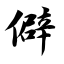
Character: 僻